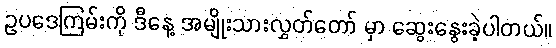
ဥပဒေကြမ်းကို ဒီနေ့ အမျိုးသားလွှတ်တော် မှာ ဆွေးနွေးခဲ့ပါတယ်။